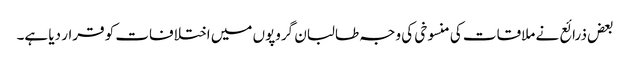
بعض ذرائع نے ملاقات کی منسوخی کی وجہ طالبان گروپوں میں اختلافات کو قرار دیا ہے۔